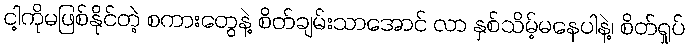
ငါ့ကိုမဖြစ်နိုင်တဲ့ စကားတွေနဲ့ စိတ်ချမ်းသာအောင် လာ နှစ်သိမ့်မနေပါနဲ့၊ စိတ်ရှုပ်